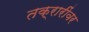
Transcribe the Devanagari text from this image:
तक्रारींवर